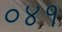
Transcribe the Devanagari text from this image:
०४१